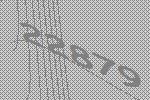
22879